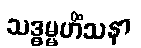
သဒ္ဓမ္မဟိံသနာ